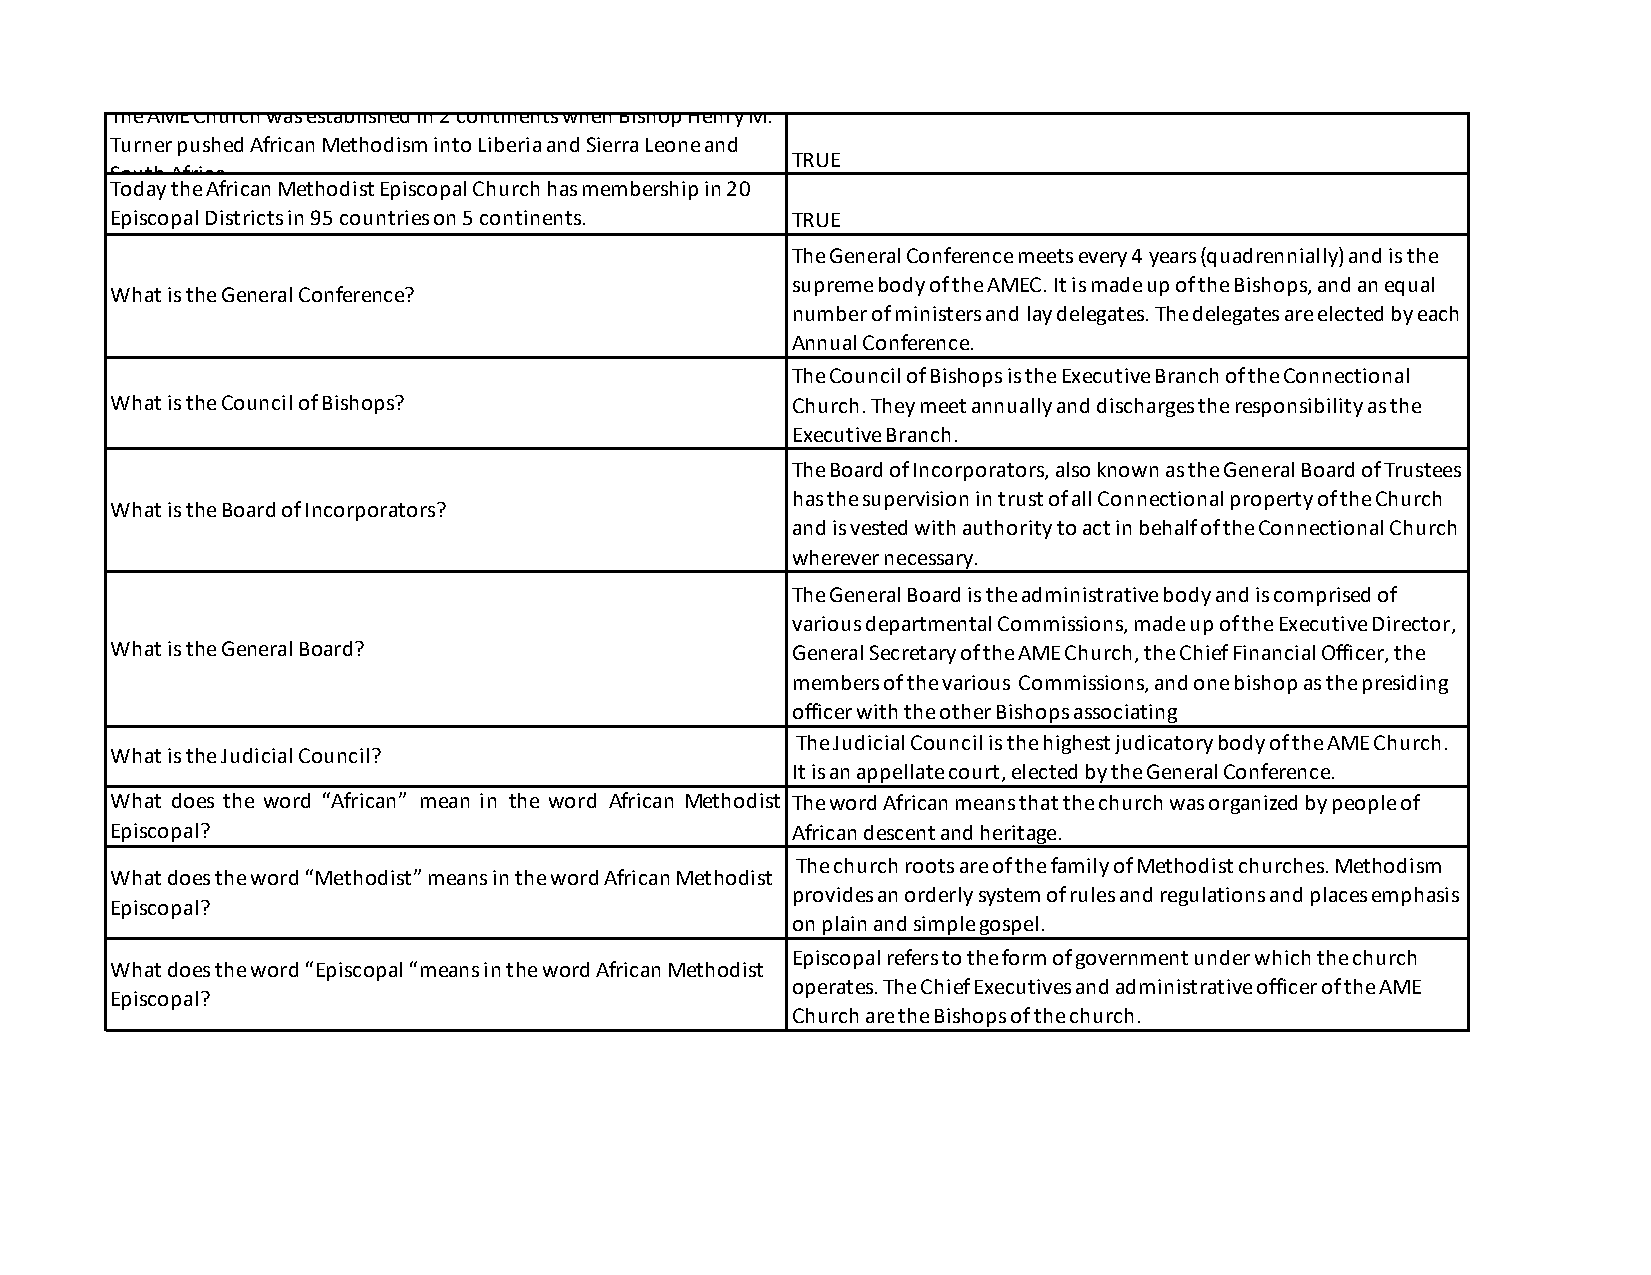
The AME Church was established in 2 continents when Bishop Henry M.
 Turner pushed African Methodism into Liberia and Sierra Leone and
 TRUE
 South Africa
 Today the African Methodist Episcopal Church has membership in 20
 Episcopal Districts in 95 countries on 5 continents. TRUE
 The General Conference meets every 4 years (quadrennially) and is the
 supreme body of the AMEC. It is made up of the Bishops, and an equal
 What is the General Conference?
 number of ministers and lay delegates. The delegates are elected by each
 Annual Conference.
 The Council of Bishops is the Executive Branch of the Connectional
 What is the Council of Bishops?              Church. They meet annually and discharges the responsibility as the
 Executive Branch.
 The Board of Incorporators, also known as the General Board of Trustees
 has the supervision in trust of all Connectional property of the Church
 What is the Board of Incorporators?
 and is vested with authority to act in behalf of the Connectional Church
 wherever necessary.
 The General Board is the administrative body and is comprised of
 various departmental Commissions, made up of the Executive Director,
 What is the General Board?                   General Secretary of the AME Church, the Chief Financial Officer, the
 members of the various Commissions, and one bishop as the presiding
 officer with the other Bishops associating
 The Judicial Council is the highest judicatory body of the AME Church.
 What is the Judicial Council?
 It is an appellate court, elected by the General Conference.
 What does the word “African” mean in the word African Methodist The word African means that the church was organized by people of
 Episcopal?                                   African descent and heritage.
 The church roots are of the family of Methodist churches. Methodism
 What does the word “Methodist” means in the word African Methodist
 provides an orderly system of rules and regulations and places emphasis
 Episcopal?
 on plain and simple gospel.
 Episcopal refers to the form of government under which the church
 What does the word “Episcopal “means in the word African Methodist
 operates. The Chief Executives and administrative officer of the AME
 Episcopal?
 Church are the Bishops of the church.